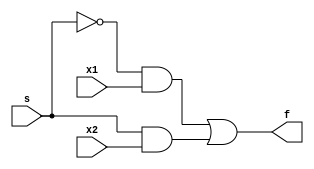
module MUX_2_1 (
    input x1, input x2, input s,
    output f
);

    not (sn, s);
    
    and A0 (g0, sn, x1);
    and A1 (g1, s, x2);

    or O0(f,g0, g1); 


endmodule //MUX_2_1